Report on vaccination in the Province of Bengal - 1869-1873
Year: 1869
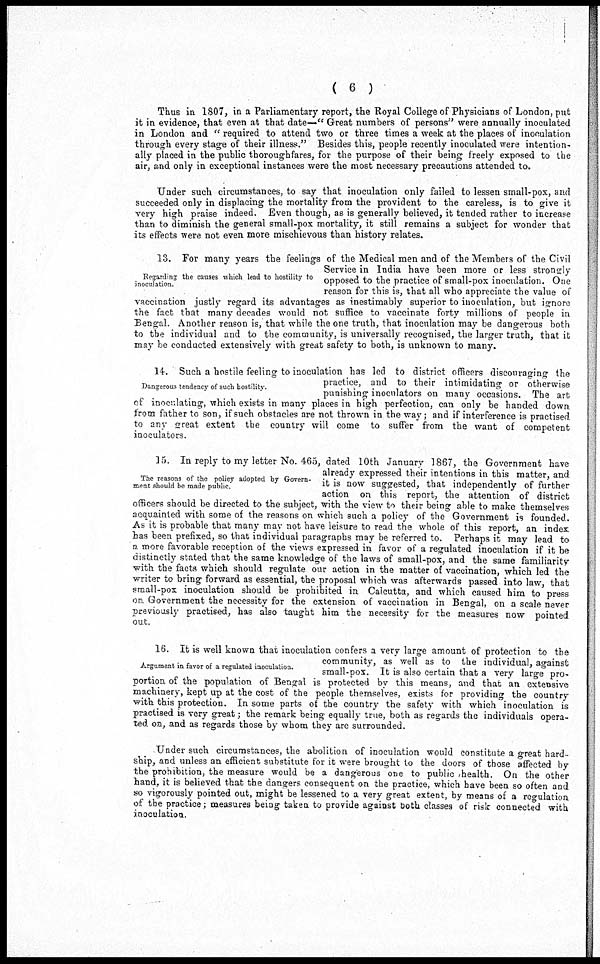
( 6 )
Thus in 1807, in a Parliamentary report, the Royal College of Physicians of London, put
it in evidence, that even at that date—" Great numbers of persons" were annually inoculated
in London and " required to attend two or three times a week at the places of inoculation
through every stage of their illness." Besides this, people recently inoculated were intention-
ally placed in the public thoroughfares, for the purpose of their being freely exposed to the
air, and only in exceptional instances were the most necessary precautions attended to.
Under such circumstances, to say that inoculation only failed to lessen small-pox, and
succeeded only in displacing the mortality from the provident to the careless, is to give it
very high praise indeed. Even though, as is generally believed, it tended rather to increase
than to diminish the general small-pox mortality, it still remains a subject for wonder that
its effects were not even more mischievous than history relates.
Regarding the causes which lead to hostility to
inoculation.
13. For many years the feelings of the Medical men and of the Members of the Civil
Service in India have been more or less strongly
opposed to the practice of small-pox inoculation. One
reason for this is, that all who appreciate the value of
vaccination justly regard its advantages as inestimably superior to inoculation, but ignore
the fact that many decades would not suffice to vaccinate forty millions of people in
Bengal. Another reason is, that while the one truth, that inoculation may be dangerous both
to the individual and to the community, is universally recognised, the larger truth, that it
may be conducted extensively with great safety to both, is unknown to many.
Dangerous tendency of such hostility
14. Such a hostile feeling to inoculation has led to district officers discouraging the
practice, and to their intimidating or otherwise
punishing inoculators on many occasions. The art
of inoculating, which exists in many places in high perfection, can only be handed down
from father to son, if such obstacles are not thrown in the way; and if interference is practised
to any great extent the country will come to suffer from the want of competent
inoculators.
The reasons of the policy adopted by Govern-
ment should be made public.
15. In reply to my letter No. 465, dated 10th January 1867, the Government have
already expressed their intentions in this matter, and
it is now suggested, that independently of further
action on this report, the attention of district
officers should be directed to the subject, with the view to their being able to make themselves
acquainted with some of the reasons on which such a policy of the Government is founded.
As it is probable that many may not have leisure to read the whole of this report, an index
has been prefixed, so that individual paragraphs may be referred to. Perhaps it may lead to
a more favorable reception of the views expressed in favor of a regulated inoculation if it be
distinctly stated that the same knowledge of the laws of small-pox, and the same familiarity
with the facts which should regulate our action in the matter of vaccination, which led the
writer to bring forward as essential, the proposal which was afterwards passed into law, that
small-pox inoculation should be prohibited in Calcutta, and which caused him to press
on Government the necessity for the extension of vaccination in Bengal, on a scale never
previously practised, has also taught him the necessity for the measures now pointed
out.
Argument in favor of a regulated inoculation.
16. It is well known that; inoculation confers a very large amount of protection to the
community, as well as to the individual, against
small-pox. It is also certain that a very large pro-
portion of the population of Bengal is protected by this means, and that an extensive
machinery, kept up at the cost of the people themselves, exists for providing the country
with this protection. In some parts of the country the safety with which inoculation is
practised is very great; the remark being equally true, both as regards the individuals opera-
ted on, and as regards those by whom they are surrounded.
Under such circumstances, the abolition of inoculation would constitute a great hard-
ship, and unless an efficient substitute for it were brought to the doors of those affected by
the prohibition, the measure would be a dangerous one to public health. On the other
hand, it is believed that the dangers consequent on the practice, which have been so often and
so vigorously pointed out, might be lessened to a very great extent, by means of a regulation
of the practice; measures being taken to provide against both classes of risk connected with
inoculation.